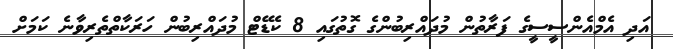
އަދި އެމްއެންސީސީގެ ފަރާތުން މުދައްރިބުންގެ ގޮތުގައި 8 ކެޑޭޓް މުދައްރިބުން ހަރަކާތްތެރިވާނެ ކަމަށް